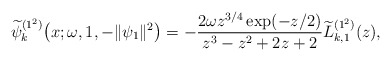
\begin{gather*} \widetilde{\psi }_{k}^{( 1^{2}) }\big(x;\omega ,1,- \Vert \psi _{1} \Vert ^{2}\big)=-\frac{2\omega z^{3/4}\exp ( -z/2 ) }{ z^{3}-z^{2}+2z+2}\widetilde{L}_{k,1}^{( 1^{2}) }(z) ,\end{gather*}